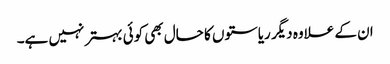
ان کے علاوہ دیگر ریاستوں کا حال بھی کوئی بہتر نہیں ہے۔